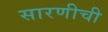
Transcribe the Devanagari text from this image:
सारणीची